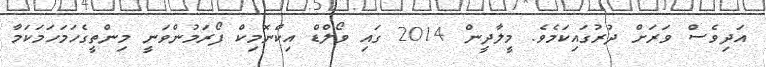
އަދިވެސް ވަރަށް ދުރުގައިކަމެވެ. މީލާދީން 2014 ގައި ވޯލްޑް އިކްނޮމިކް ފޯރަމުންވަނީ މިންތީގެހަމަހަމަކަމާ